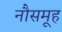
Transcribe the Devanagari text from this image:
नौसमूह